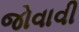
જોવાવી